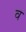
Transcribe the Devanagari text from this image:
व